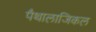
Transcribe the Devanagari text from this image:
पैथालाजिकल